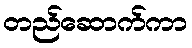
တည်ဆောက်ကာ